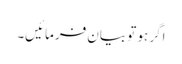
اگر ہو تو بیان فرمائیں۔